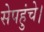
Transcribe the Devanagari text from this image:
सेपहुंचे।